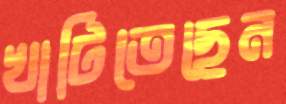
খাটিতেছেন